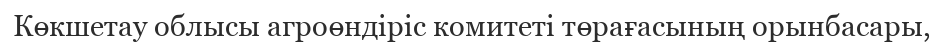
Көкшетау облысы агроөндіріс комитеті төрағасының орынбасары,